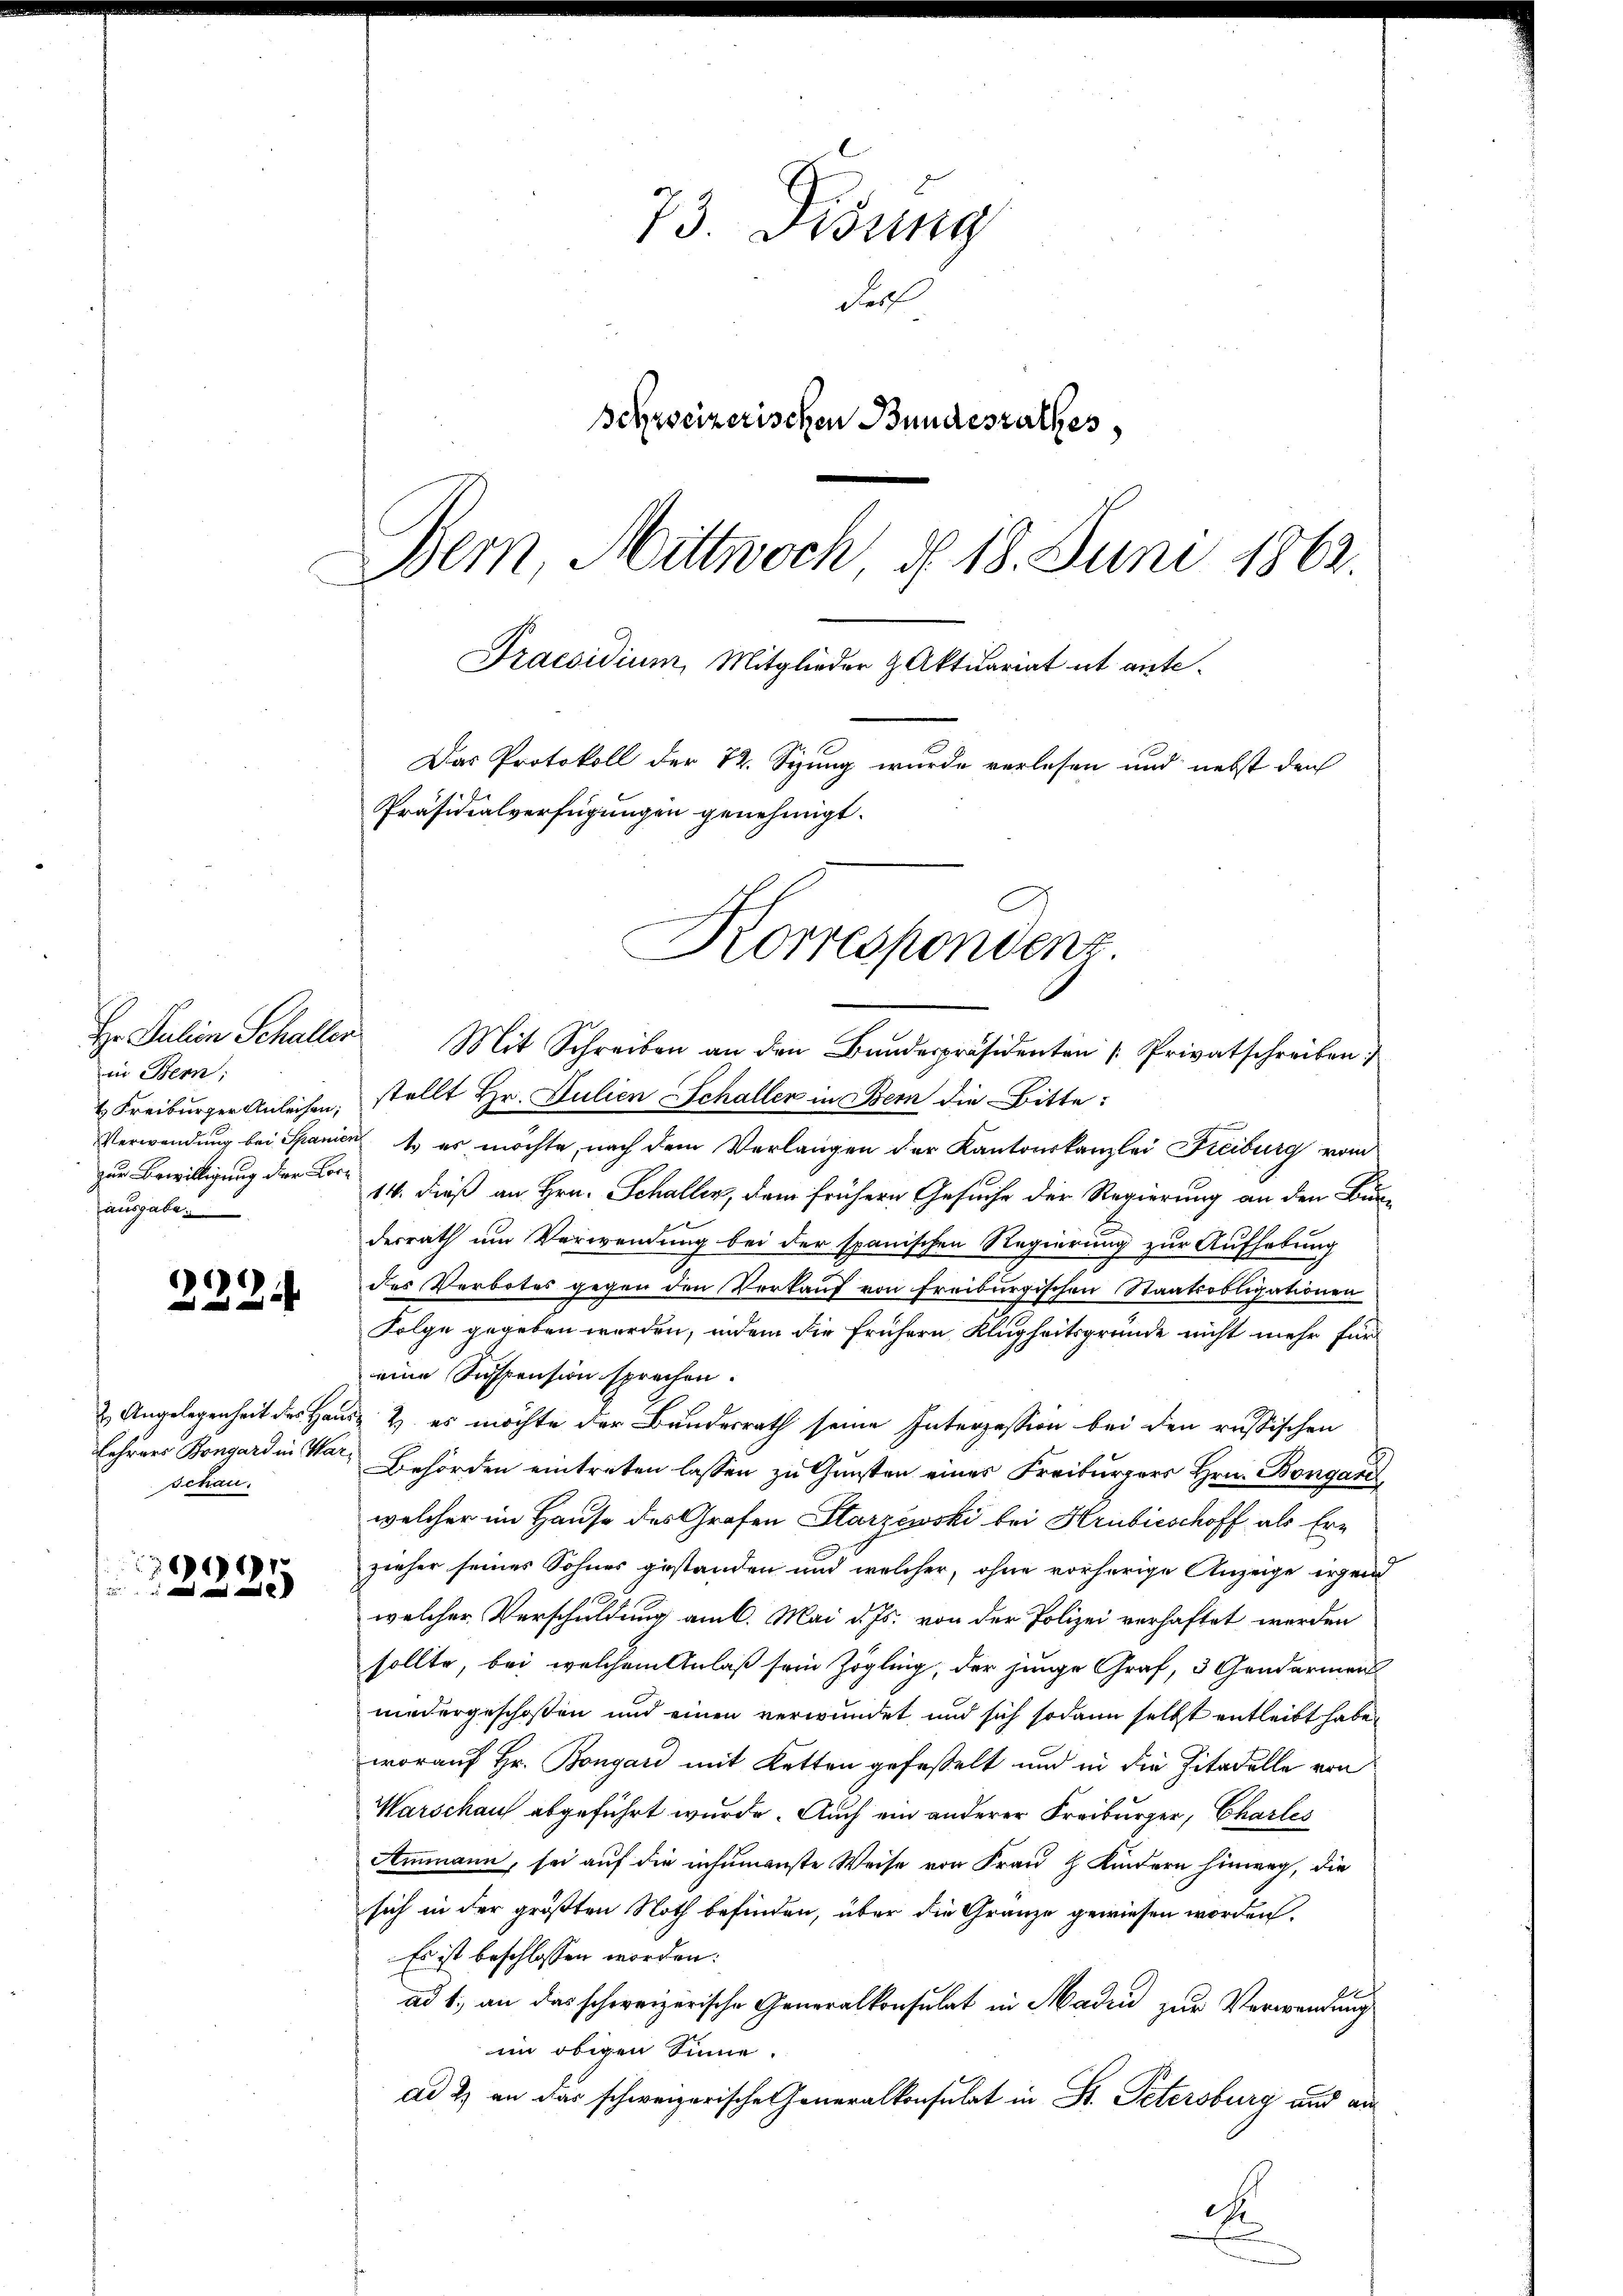
73. Disung
Fehl
Behweizerischen Bundesrathes,
Bern, Mittwoch, d. 18. Juni 1862.
Praesidium, Mitglieder & Aktuariat ut ante¬
Das Protokoll der 72. Syung wurde verlesen und nebst den
Präsidialverfügungen genehmigt.

Korrespondenz

Mit Schreiben an den Bŭndespräsidenten Privatschreiben
stellt Hr. Julien Schallen in Bern die Bitte:
Verwendung bei Spanicus es möchte, nach dem Verlangen der Kantonskanzlei Freiburg vom
14. dieß an Hrn. Schaller, dem frühern Gesuche der Regierung an den Bur-
desrath um Verwendung bei der spanischen Regierung zur Aufhebung
des Verbotes gegen den Verkauf von Freiburgischen Staatsobligationen
Folge gegeben werden, indem die frühern Klugheitsgründe nicht mehr für
eine Suspension sprechen.
& Angelegenheit des Hause & es möchte der Bundesrath seine Interzession bei den russischen
Lehrers Bongard in War Behörden eintreten lassen zu Gunsten eines Freiburgers Hrn. Bongaris,
welcher im Hause des Grafen Starzewski bei Hribieschoff als Erzieher seines Sohnes gestanden und welcher, ohne vorherige Anzeige irgend
welcher Verschuldung am 6. Mai d. Js. von der Polizei verhaftet werden
sollte, bei welchem Anlaß sein Zögling, der junge Graf, 3 Gendarmens
niedergeschoßen und einen verwundet, und sich sodann selbst entleibt habe.
worauf Hr. Bongar mit Ketten gefasselt und in die Zitadelle von
Warschaus abgeführt wurde. Auch ein anderer Freiburger, Charles
Ammann, sei auf die insumanste Weise von Frau H Kindern hinweg, die
sich in der größten Noth befinden, über die Gränze gewiesen worden.
Es ist beschlossen worden:
ad 1., an das schweizerische Generalkonsulat in Maden zur Verwendung
im obigen Sinne.
ad 2) an das schweizerische Generalkonsulat in Dr. Petersburg und an
c
E

Hr. Julien Schaller
in Bern;
 Freiburger Anleisen;
zur Bewilligung der Lore
ausgabe.

222

schau.

1691.